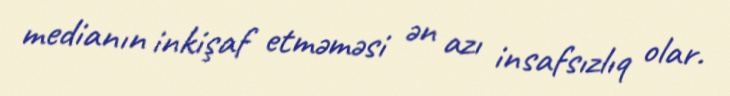
medianın inkişaf etməməsi ən azı insafsızlıq olar.